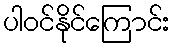
ပါဝင်နိုင်ကြောင်း